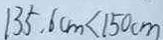
1 3 5 . 6 c m < 1 5 0 c m